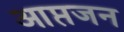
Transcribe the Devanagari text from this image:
आप्तजन